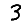
Digit: 3